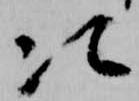
次